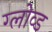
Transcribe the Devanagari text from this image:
ग्लोव्ड